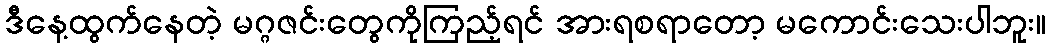
ဒီနေ့ထွက်နေတဲ့ မဂ္ဂဇင်းတွေကိုကြည့်ရင် အားရစရာတော့ မကောင်းသေးပါဘူး။